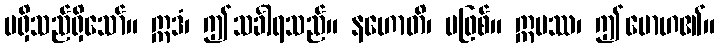
မရှိသည်ရှိသော်။ ဣဒံ၊ ဤသင်္ခါရသည်။ နဟောတိ၊ မဖြစ်။ ဣမဿ၊ ဤမောဟ၏။